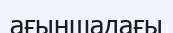
ағыншадағы